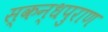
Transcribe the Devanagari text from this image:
स्कन्धपुराण